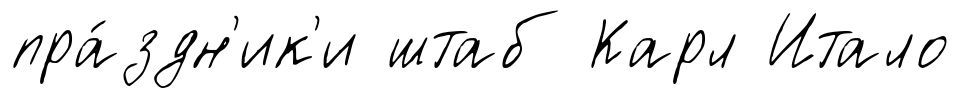
пра́здн'ик'и штаб Карл Итало